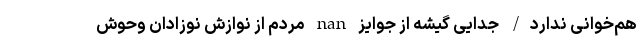
هم‌خوانی ندارد/ جدایی گیشه از جوایز nan مردم از نوازش نوزادان وحوش